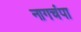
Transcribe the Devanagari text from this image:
नागचंपा